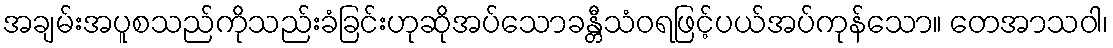
အချမ်းအပူစသည်ကိုသည်းခံခြင်းဟုဆိုအပ်သောခန္တီသံဝရဖြင့်ပယ်အပ်ကုန်သော။ တေအာသဝါ၊